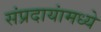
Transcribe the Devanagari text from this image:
संप्रदायांमध्ये